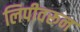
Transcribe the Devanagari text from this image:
लिपीवरून